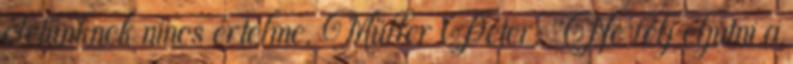
életünknek nincs értelme. Müller Péter: "Ne félj eljutni a